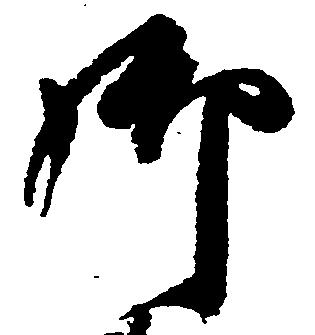
御